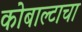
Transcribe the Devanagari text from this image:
कोबाल्टाचा